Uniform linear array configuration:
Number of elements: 32
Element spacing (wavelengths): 1
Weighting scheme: exponential
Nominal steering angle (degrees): -45
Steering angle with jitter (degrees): -43.698
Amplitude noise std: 0.05
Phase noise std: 0.05

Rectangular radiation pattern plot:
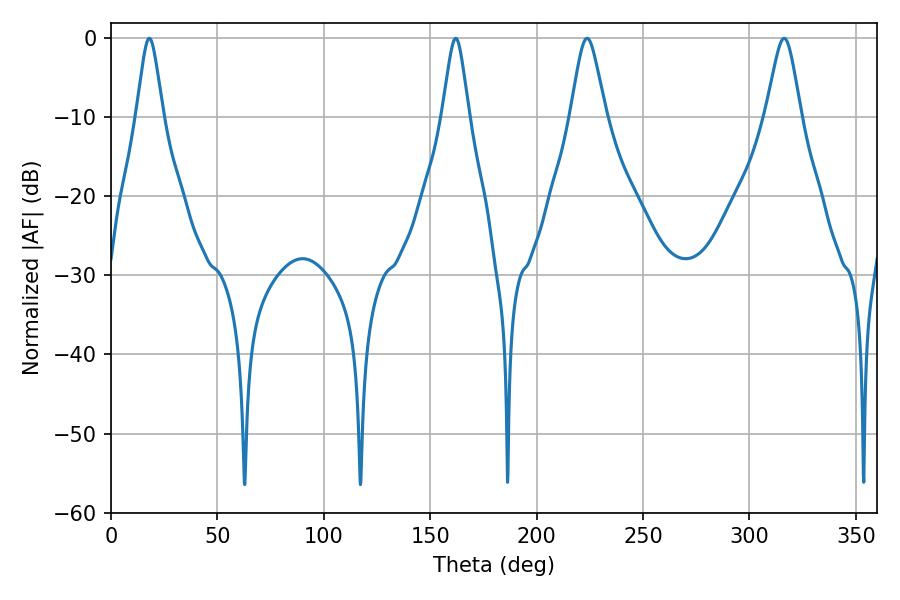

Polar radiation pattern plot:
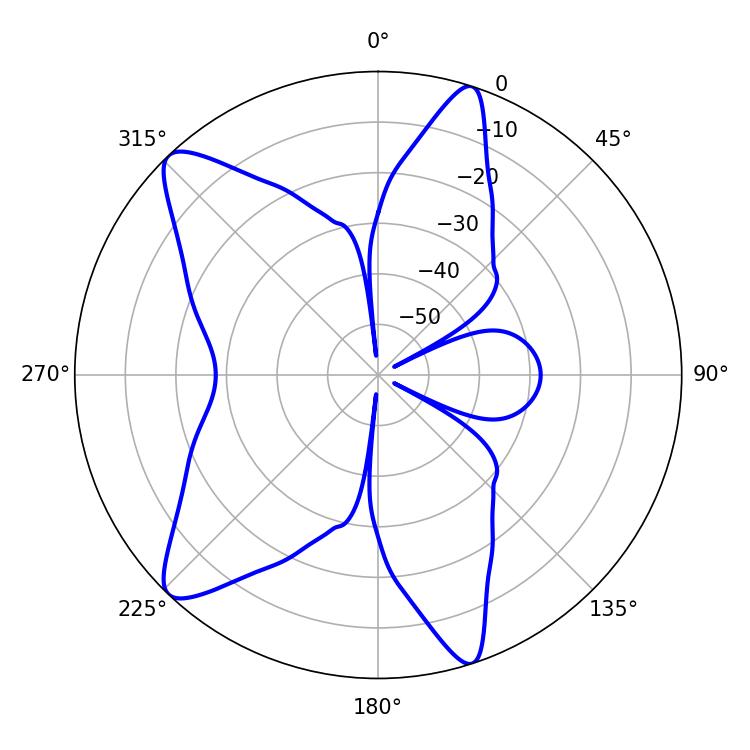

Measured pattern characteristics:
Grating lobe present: TRUE
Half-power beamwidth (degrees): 5.94
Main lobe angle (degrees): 18